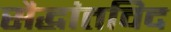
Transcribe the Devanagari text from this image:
सैद्धांतविद